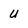
Character: U